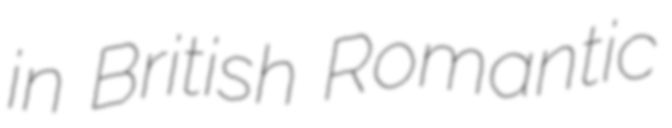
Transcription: in British Romantic